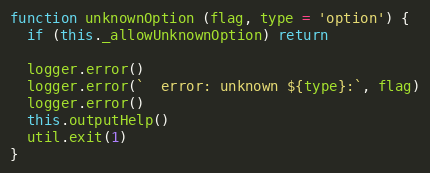
Language: JavaScript
function unknownOption (flag, type = 'option') {
  if (this._allowUnknownOption) return

  logger.error()
  logger.error(`  error: unknown ${type}:`, flag)
  logger.error()
  this.outputHelp()
  util.exit(1)
}